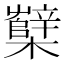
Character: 櫱